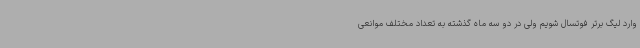
وارد لیگ برتر فوتسال شویم ولی در دو سه ماه گذشته به تعداد مختلف موانعی